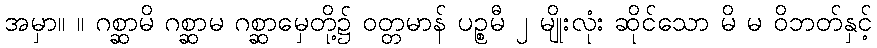
အမှာ။ ။ ဂစ္ဆာမိ ဂစ္ဆာမ ဂစ္ဆာမှေတို့၌ ဝတ္တမာန် ပဉ္စမီ ၂ မျိုးလုံး ဆိုင်သော မိ မ ဝိဘတ်နှင့်